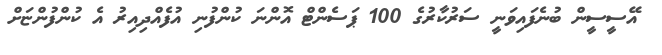
އޭސީސީން ބުނެފައިވަނީ ސަރުކާރުގެ 100 ޕަސެންޓް އޮންނަ ކުންފުނި އުފެއްދިއިރު އެ ކުންފުންޏަށް